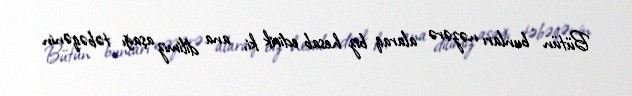
Bütün bunları nəzərə alaraq biz hesab edirik ki, ana dilimiz aşağı təbəqənin